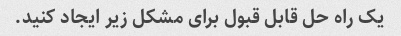
یک راه حل قابل قبول برای مشکل زیر ایجاد کنید.